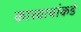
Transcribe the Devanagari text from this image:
कारवायांकडे